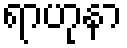
ရာဟုနာ